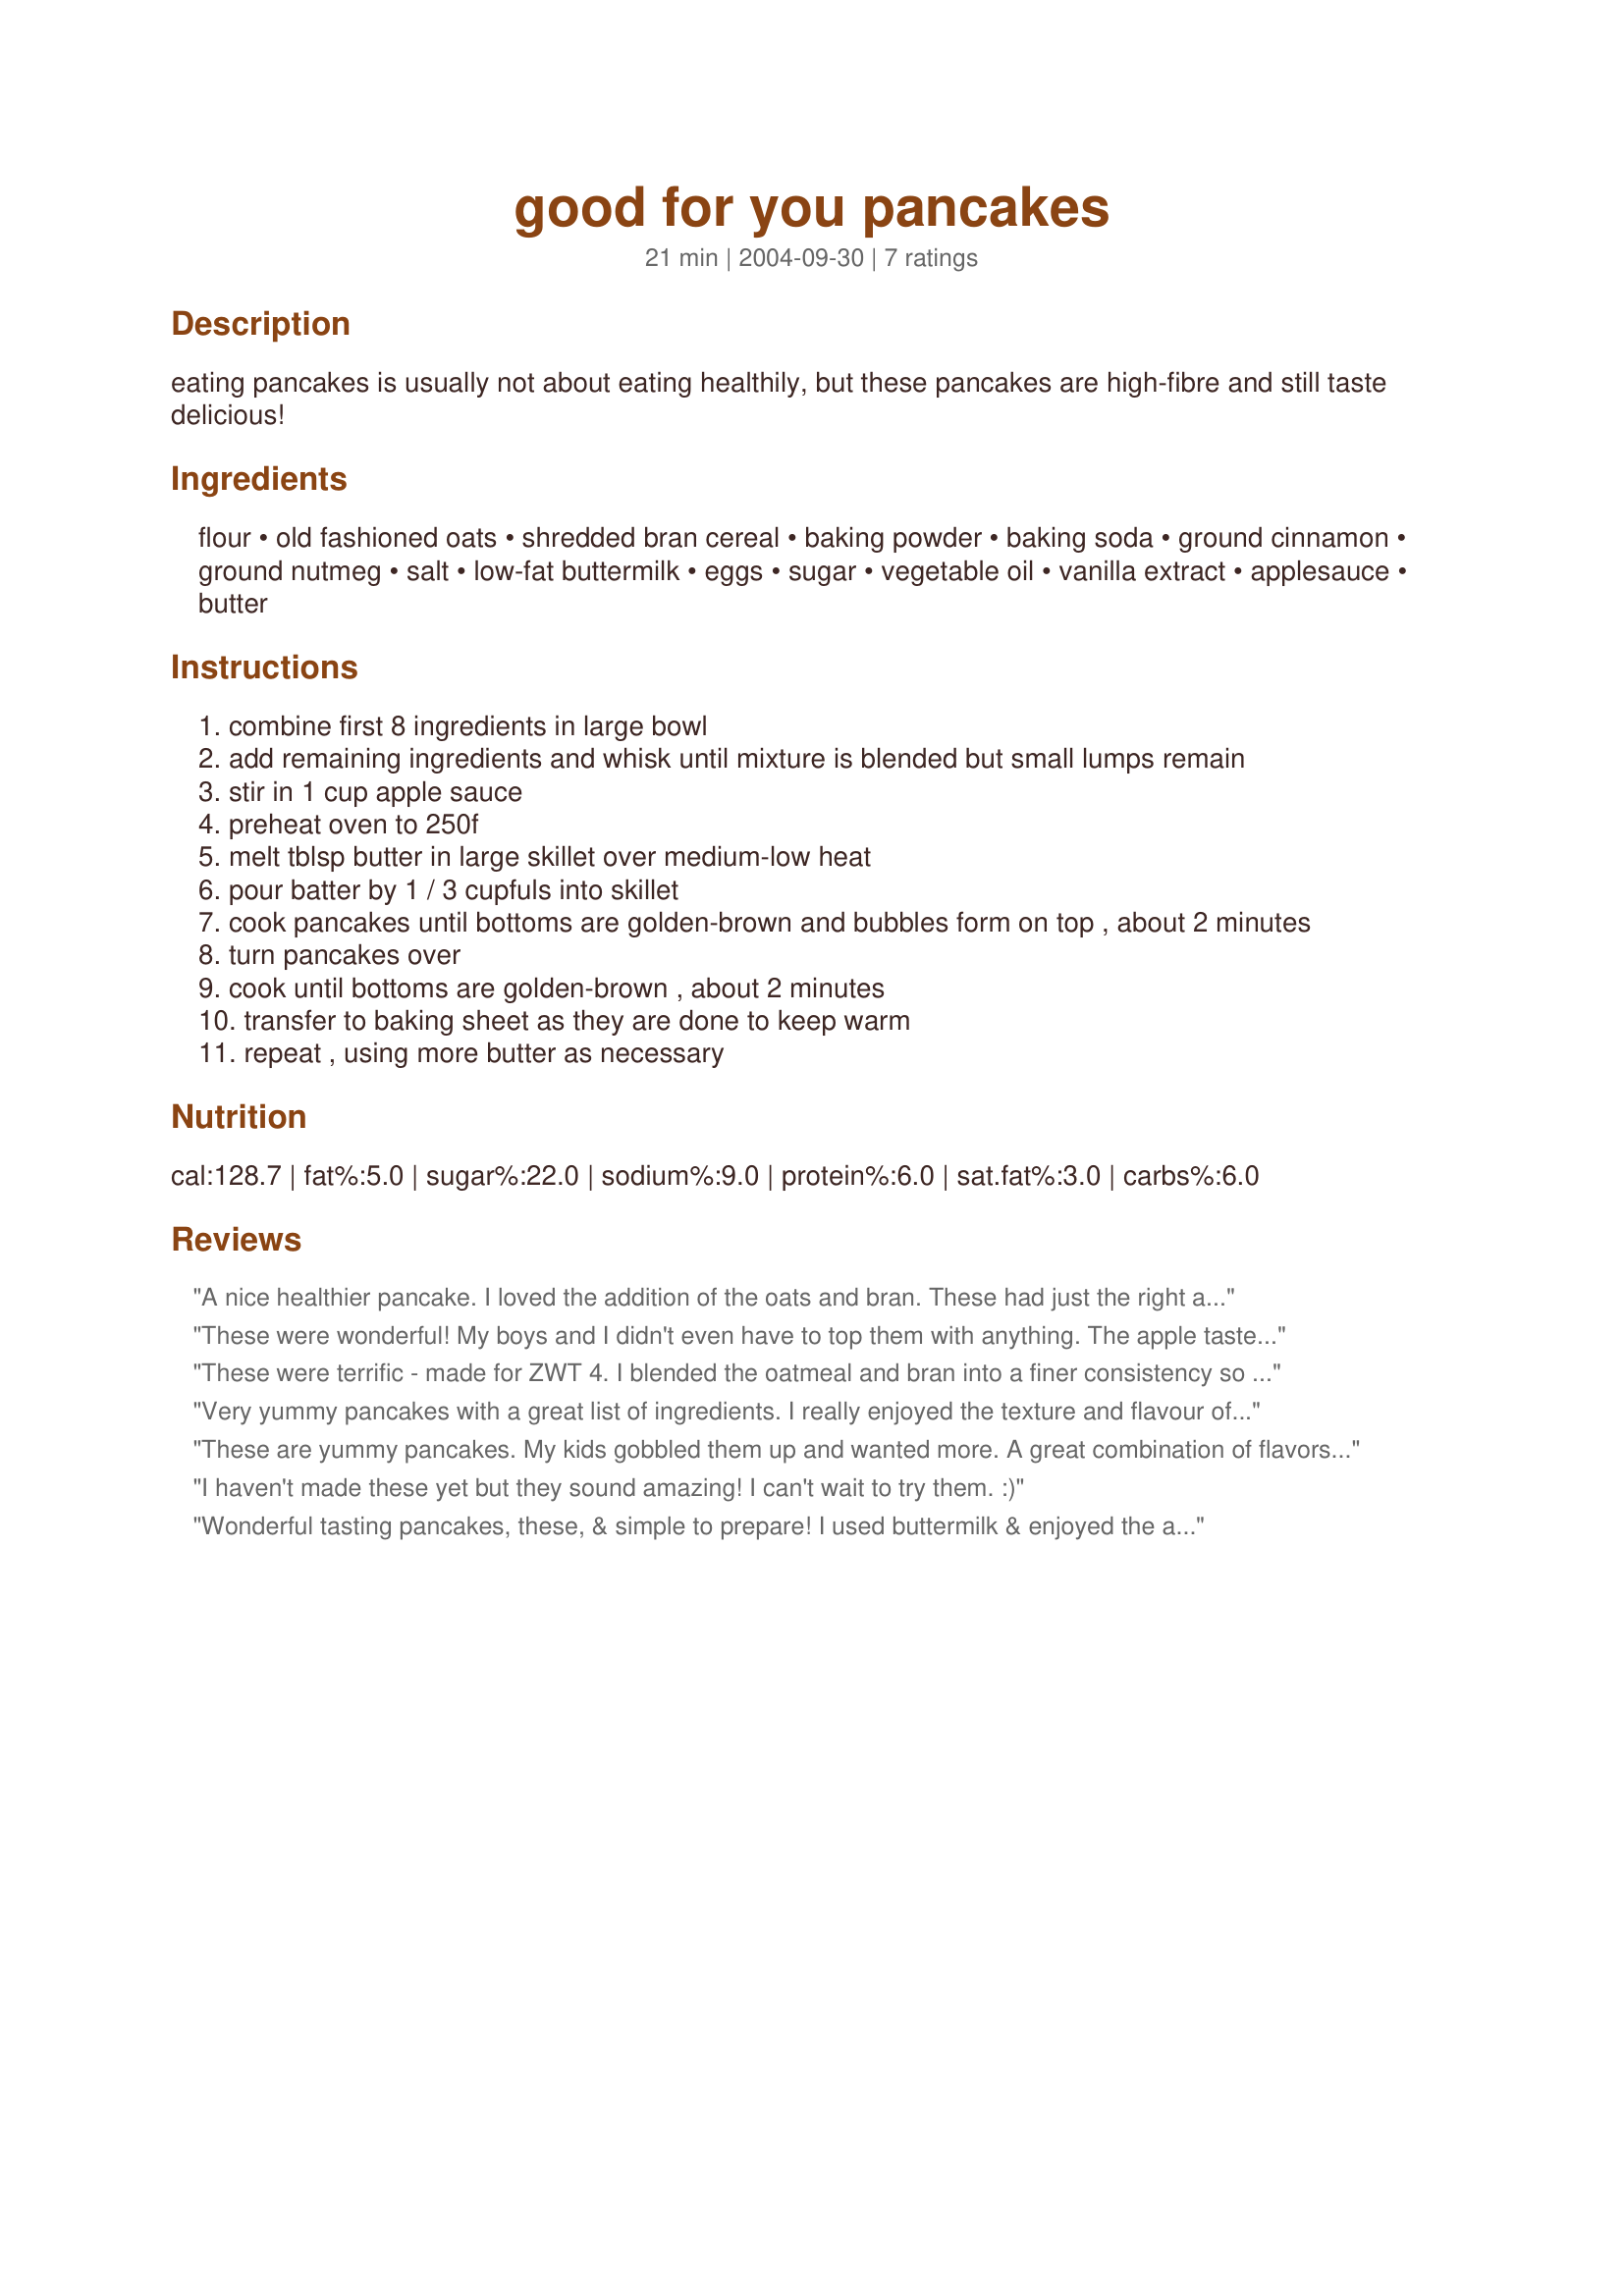
good for you pancakes
Preparation time: 21 minutes

eating pancakes is usually not about eating healthily, but these pancakes are high-fibre and still taste delicious!

Ingredients:
flour, old fashioned oats, shredded bran cereal, baking powder, baking soda, ground cinnamon, ground nutmeg, salt, low-fat buttermilk, eggs, sugar, vegetable oil, vanilla extract, applesauce, butter

Steps:
combine first 8 ingredients in large bowl
add remaining ingredients and whisk until mixture is blended but small lumps remain
stir in 1 cup apple sauce
preheat oven to 250f
melt tblsp butter in large skillet over medium-low heat
pour batter by 1 / 3 cupfuls into skillet
cook pancakes until bottoms are golden-brown and bubbles form on top , about 2 minutes
turn pancakes over
cook until bottoms are golden-brown , about 2 minutes
transfer to baking sheet as they are done to keep warm
repeat , using more butter as necessary

Reviews:
A nice healthier pancake. I loved the addition of the oats and bran. These had just the right amount of cinnamon and nutmeg. They were topped off with lingonberry spread for a very satisfying breakfast. Made for *ZWT 4*
These were wonderful! My boys and I didn't even have to top them with anything. The apple taste came though and I will make these again soon. Made for ZWT4.
These were terrific - made for ZWT 4. I blended the oatmeal and bran into a finer consistency so children would not ask about the 'lumps' and served them with butter and maple syrup.
Very yummy pancakes with a great list of ingredients. I really enjoyed the texture and flavour of these. I used all whole wheat flour. These are even great made the night before, stored in the fridge, then heated in the microwave in the morning. Thanks for a great pancake! Reviewed during ZWT 4.
These are yummy pancakes. My kids gobbled them up and wanted more. A great combination of flavors. Made for ZWT4 for the Tastebud Tickling Travellers.
I haven't made these yet but they sound amazing! I can't wait to try them. :)
Wonderful tasting pancakes, these, & simple to prepare! I used buttermilk & enjoyed the addition of the cinnamon in particular! Topped mine with some homemade strawberry syrup! Definitely a keeper! [Made & reviewed while in Eastern Europe on the Zaar World Tour 4]
